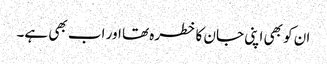
ان کو بھی اپنی جان کا خطرہ تھا اور اب بھی ہے۔